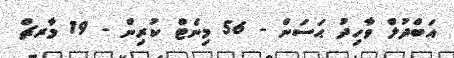
އަބްދުލް ވާހިދު ޙަސަން - 56 މިނެޓް ކުރިން - 19 މާރޗް